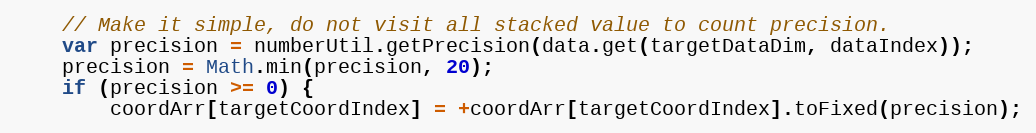
Language: JavaScript
    // Make it simple, do not visit all stacked value to count precision.
    var precision = numberUtil.getPrecision(data.get(targetDataDim, dataIndex));
    precision = Math.min(precision, 20);
    if (precision >= 0) {
        coordArr[targetCoordIndex] = +coordArr[targetCoordIndex].toFixed(precision);